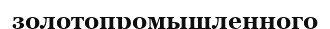
золотопромышленного